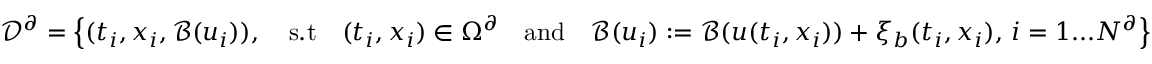
\mathcal { D } ^ { \partial } = \left\{ ( t _ { i } , x _ { i } , \mathcal { B } ( u _ { i } ) ) , \quad \mathrm { s . t } \quad ( t _ { i } , x _ { i } ) \in \Omega ^ { \partial } \quad \mathrm { a n d } \quad \mathcal { B } ( u _ { i } ) : = \mathcal { B } ( u ( t _ { i } , x _ { i } ) ) + \xi _ { b } ( t _ { i } , x _ { i } ) , \, i = 1 . . . N ^ { \partial } \right\}